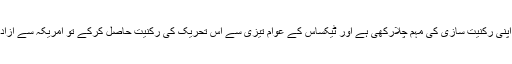
اس تحریک نے گزشتہ کچھ عرصہ سے اپنی رکنیت سازی کی مہم چلارکھی ہے اور ٹیکساس کے عوام تیزی سے اس تحریک کی رکنیت حاصل کرکے تو امریکہ سے آزادی کی اس تحریک کا حصہ بن رہے ہیں ۔